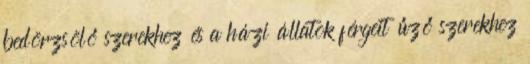
bedörzsölő szerekhez és a házi állatok férgeit űző szerekhez